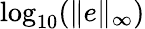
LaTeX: \mathrm{log}_{10}(\| e\| _{\infty})